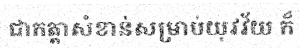
ជាកត្តាសំខាន់សម្រាប់យុវវ័យ ក៏